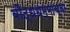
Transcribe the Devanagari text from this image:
बौद्धधम्माच्या